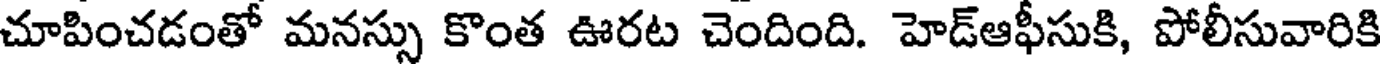
చూపించడంతో మనస్సు కొంత ఊరట చెందింది. హెడ్ఆఫీసుకి, పోలీసువారికి